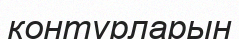
контурларын